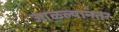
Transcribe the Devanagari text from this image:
जाळल्यानंतर